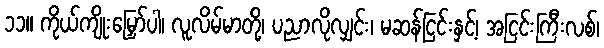
၁၁။ ကိုယ်ကျိုးမြှော်ပါ၊ လူလိမ်မာတို့၊ ပညာလိုလျှင်း၊ မဆန်ငြင်းနှင့်၊ အငြင်းကြီးလစ်၊